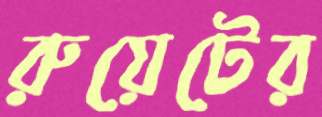
রুয়েটের